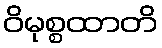
ဝိမုစ္စထာတိ